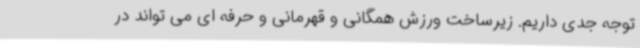
توجه جدی داریم. زیرساخت ورزش همگانی و قهرمانی و حرفه ای می تواند در